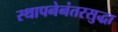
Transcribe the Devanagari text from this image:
स्थापनेनंतरसुद्धा